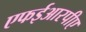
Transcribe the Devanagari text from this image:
एफईआरपीए